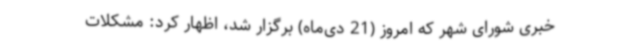
خبری شورای شهر که امروز (21 دی‌ماه) برگزار شد، اظهار کرد: مشکلات